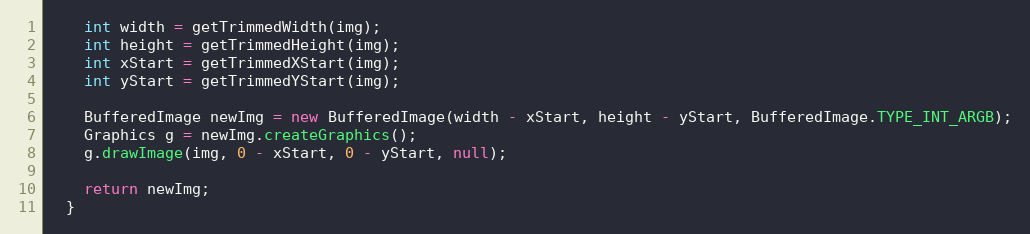
Language: Java
    int width = getTrimmedWidth(img);
    int height = getTrimmedHeight(img);
    int xStart = getTrimmedXStart(img);
    int yStart = getTrimmedYStart(img);

    BufferedImage newImg = new BufferedImage(width - xStart, height - yStart, BufferedImage.TYPE_INT_ARGB);
    Graphics g = newImg.createGraphics();
    g.drawImage(img, 0 - xStart, 0 - yStart, null);

    return newImg;
  }